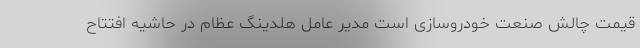
قیمت چالش صنعت خودروسازی است مدیر عامل هلدینگ عظام در حاشیه افتتاح